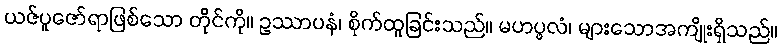
ယဇ်ပူဇော်ရာဖြစ်သော တိုင်ကို။ ဥဿာပနံ၊ စိုက်ထူခြင်းသည်။ မဟပ္ဖလံ၊ များသောအကျိုးရှိသည်။